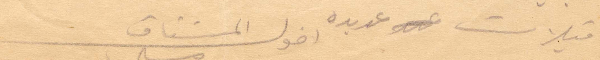
قبلات عديدة. اخوك المشتاق